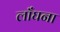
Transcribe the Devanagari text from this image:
लाँघना